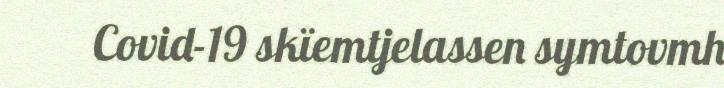
Covid-19 skïemtjelassen symtovmh